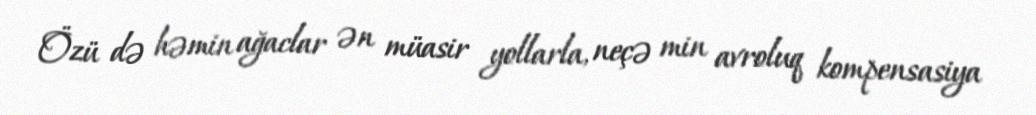
Özü də həmin ağaclar ən müasir yollarla, neçə min avroluq kompensasiya